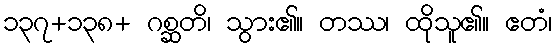
၁၃၇+၁၃၈+ ဂစ္ဆတိ၊ သွား၏။ တဿ၊ ထိုသူ၏။ ဧတံ၊